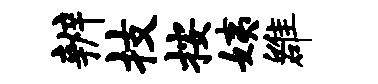
辨技按姨雒